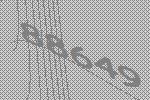
88649